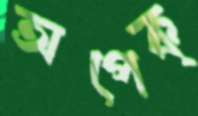
অপেক্